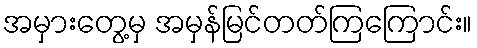
အမှားတွေ့မှ အမှန်မြင်တတ်ကြကြောင်း။